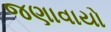
જણાવાયો